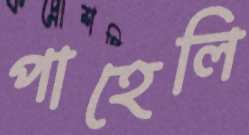
পাহেলি